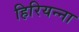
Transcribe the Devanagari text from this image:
हिरियन्ना